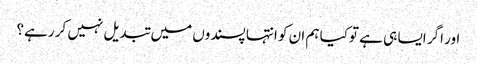
اور اگر ایسا ہی ہے توکیا ہم ان کو انتہا پسندوں میں تبدیل نہیں کر رہے؟